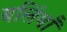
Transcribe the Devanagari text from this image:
बलिंयाँ